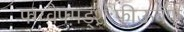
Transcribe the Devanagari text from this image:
फ्ग्य्वेफ्म़ड्श़़्ःफीऊवॅफ्